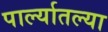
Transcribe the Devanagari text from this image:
पार्ल्यातल्या